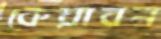
কেয়াবন